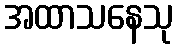
အထာသနေသု